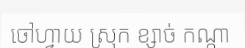
ចៅហ្វាយ ស្រុក ខ្សាច់ កណ្តា